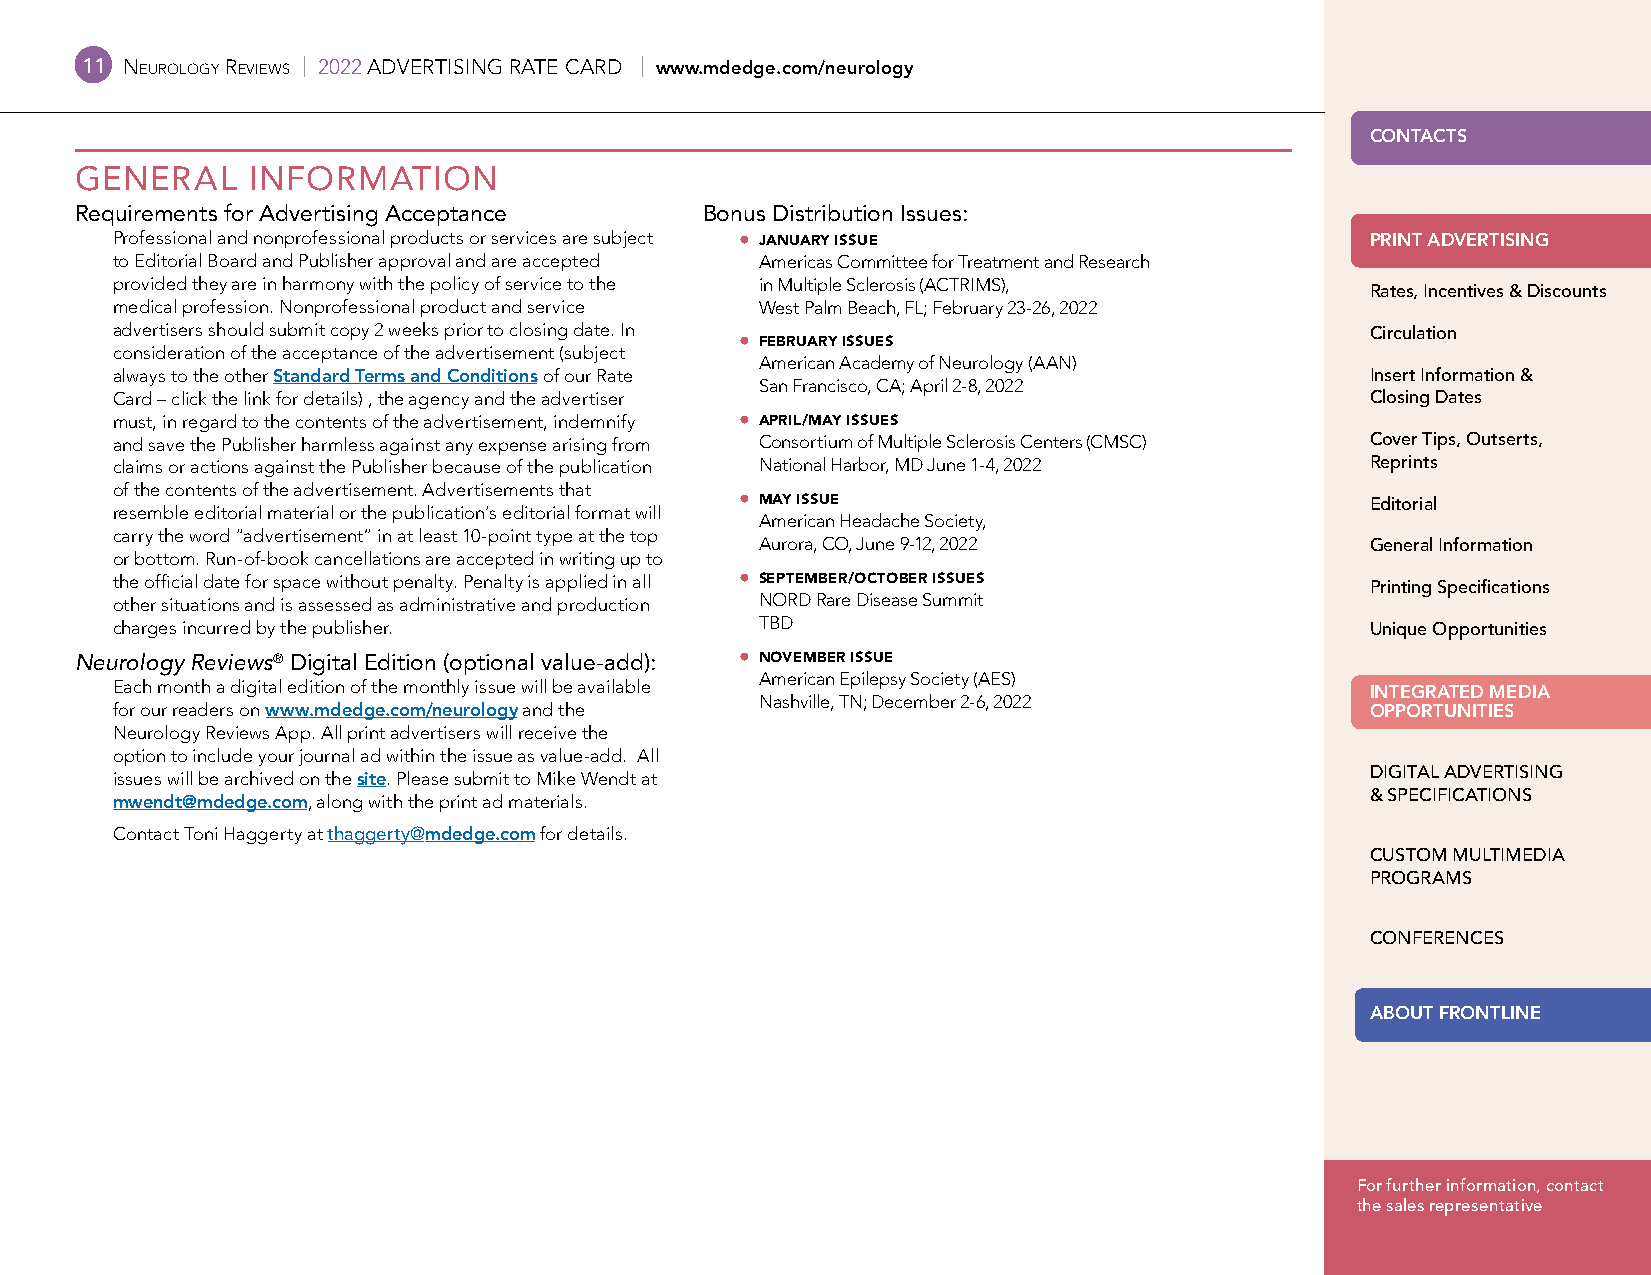
11 Neurology reviews | 2022 ADVERTISING RATE CARD | www.mdedge.com/neurology
 CONTACTS
 GENERAL    INFORMATION
 Requirements for Advertising Acceptance  Bonus Distribution Issues:
 Professional and nonprofessional products or services are subject ⦁ J ANUARY ISSUE  PRINT ADVERTISING
 to Editorial Board and Publisher approval and are accepted Americas Committee for Treatment and Research
 provided they are in harmony with the policy of service to the in Multiple Sclerosis (ACTRIMS),
 Rates, Incentives & Discounts
 medical profession. Nonprofessional product and service West Palm Beach, FL; February 23-26, 2022
 advertisers should submit copy 2 weeks prior to closing date. In                    Circulation
 ⦁ FEBRUARY ISSUES
 consideration of the acceptance of the advertisement (subject
 American Academy of Neurology (AAN)
 always to the other Standard Terms and Conditions of our Rate                       Insert Information &
 San Francisco, CA; April 2-8, 2022
 Card – click the link for details) , the agency and the advertiser                  Closing Dates
 must, in regard to the contents of the advertisement, indemnify ⦁ A PRIL/MAY ISSUES
 and save the Publisher harmless against any expense arising from Consortium of Multiple Sclerosis Centers (CMSC) Cover Tips, Outserts,
 claims or actions against the Publisher because of the publication National Harbor, MD June 1-4, 2022 Reprints
 of the contents of the advertisement. Advertisements that
 ⦁ MAY ISSUE                               Editorial
 resemble editorial material or the publication’s editorial format will
 American Headache Society,
 carry the word “advertisement” in at least 10-point type at the top
 Aurora, CO, June 9-12, 2022              General Information
 or bottom. Run-of-book cancellations are accepted in writing up to
 the official date for space without penalty. Penalty is applied in all ⦁ SEPTEMBER/OCTOBER ISSUES Printing Specifications
 other situations and is assessed as administrative and production NORD Rare Disease Summit
 charges incurred by the publisher.         TBD                                      Unique Opportunities
 Neurology Reviews® Digital Edition (optional value-add): ⦁ N OVEMBER ISSUE
 American Epilepsy Society (AES)
 Each month a digital edition of the monthly issue will be available                 INTEGRATED MEDIA
 Nashville, TN; December 2-6, 2022
 for our readers on www.mdedge.com/neurology and the                                 OPPORTUNITIES
 Neurology Reviews App. All print advertisers will receive the
 option to include your journal ad within the issue as value-add. All
 DIGITAL ADVERTISING
 issues will be archived on the site. Please submit to Mike Wendt at
 & SPECIFICATIONS
 mwendt@mdedge.com, along with the print ad materials.
 Contact Toni Haggerty at thaggerty@mdedge.com for details.
 CUSTOM MULTIMEDIA
 PROGRAMS
 CONFERENCES
 ABOUT FRONTLINE
 For further information, contact
 the sales representative